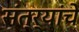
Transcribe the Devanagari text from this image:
संत्र्यांचे